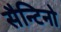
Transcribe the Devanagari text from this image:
सैन्टिनो